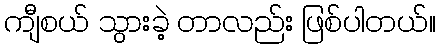
ကျီစယ် သွားခဲ့ တာလည်း ဖြစ်ပါတယ်။